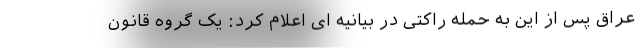
عراق پس از این به حمله راکتی در بیانیه ای اعلام کرد: یک گروه قانون